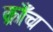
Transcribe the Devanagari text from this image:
क्राँच